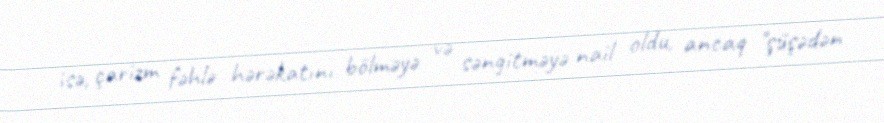
isə, çarizm fəhlə hərəkatını bölməyə və səngitməyə nail oldu, ancaq "şüşədən